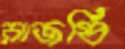
রাজর্ষি